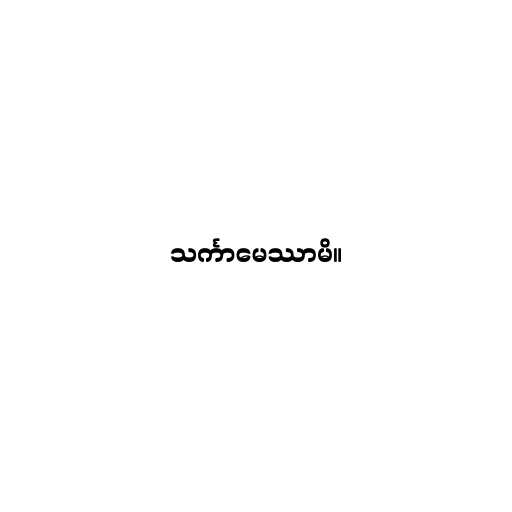
သင်္ကာမေဿာမိ။